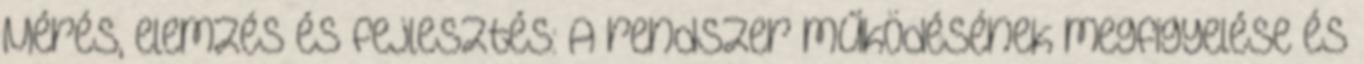
Mérés, elemzés és fejlesztés: A rendszer működésének megfigyelése és